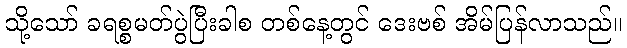
သို့သော် ခရစ္စမတ်ပွဲပြီးခါစ တစ်နေ့တွင် ဒေးဗစ် အိမ်ပြန်လာသည်။